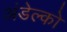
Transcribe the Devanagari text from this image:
अंडेल्को